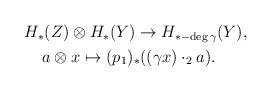
LaTeX: \begin{align*}\begin{aligned}H_*(&Z) \otimes H_*(Y)\to H_{*-\deg\gamma}(Y),\\a & \otimes x\mapsto (p_{1})_*((\gamma x)\cdot_2 a).\end{aligned}\end{align*}